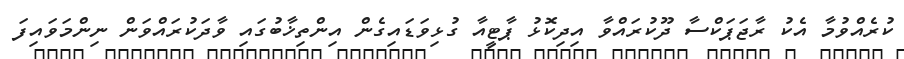
ކުރެއްވުމާ އެކު ރާޖަޕަކްސާ ދޫކުރައްވާ އިދިކޮޅު ޕާޓީއާ ގުޅިވަޑައިގެން އިންތިޚާބުގައި ވާދަކުރައްވަން ނިންމަވައިފަ